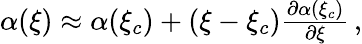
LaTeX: \begin{array}{r}{\alpha(\xi)\approx\alpha(\xi_{c})+(\xi-\xi_{c})\frac{\partial\alpha(\xi_{c})}{\partial\xi}\, ,}\end{array}